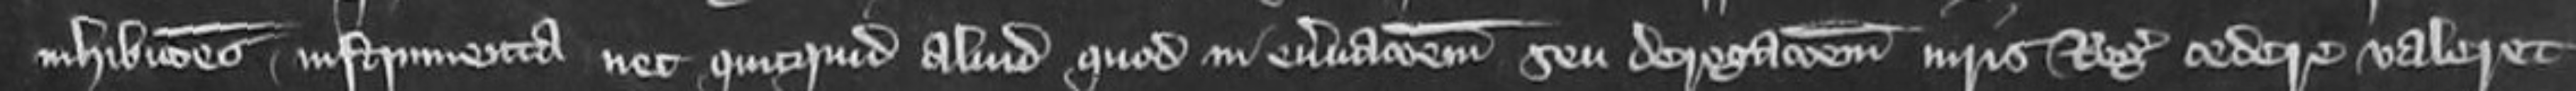
inhibitiones instrumenta nec quicquid aliud quod in enervationem seu derogationem iuris Regis cedere valeret